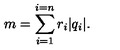
m = \sum _ { i = 1 } ^ { i = n } r _ { i } | q _ { i } | .